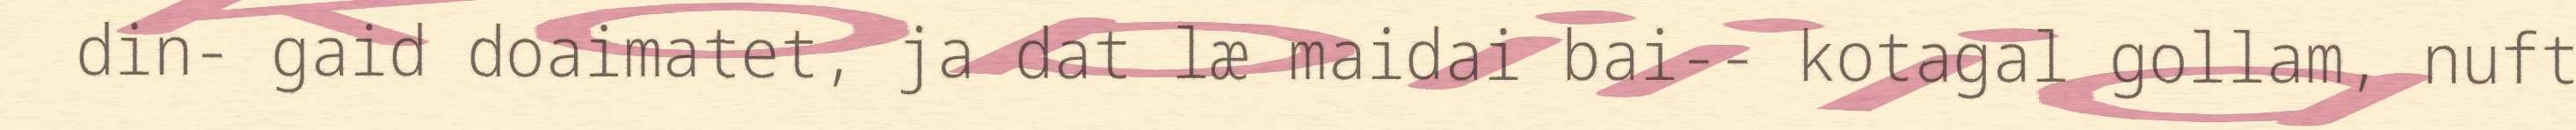
din- gaid doaimatet, ja dat læ maidai bai-- kotagal gollam, nuft